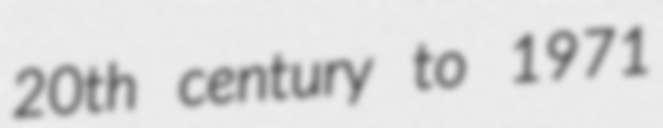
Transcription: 20th century to 1971